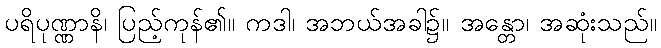
ပရိပုဏ္ဏာနိ၊ ပြည့်ကုန်၏။ ကဒါ၊ အဘယ်အခါ၌။ အန္တော၊ အဆုံးသည်။